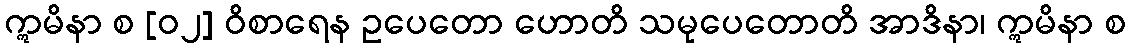
ဣမိနာ စ [၀၂] ဝိစာရေန ဥပေတော ဟောတိ သမုပေတောတိ အာဒိနာ၊ ဣမိနာ စ